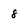
Character: 8